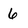
Character: 6